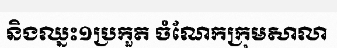
និងឈ្នះ១ប្រកួត ចំណែកក្រុមសាលា